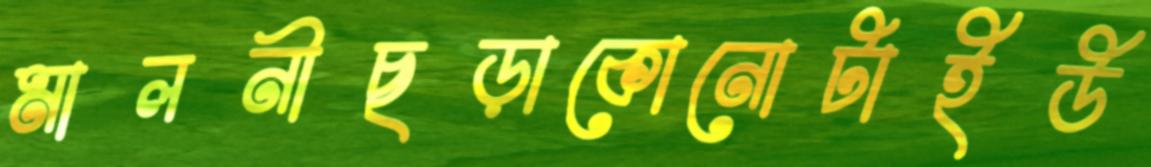
মালনীছড়াকোনোটাইউ